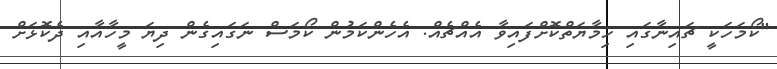
"ކޯމަހަކީ ޗައިނާގައި ހިމާޔަތްކޮށްފައިވާ އެއްޗެއް. އެހެންކަމުން ކޯމަސް ނަގައިގެން ދިޔަ މީހާއާއި ދެކޮޅަށް